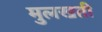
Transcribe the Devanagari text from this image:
मुलखती